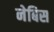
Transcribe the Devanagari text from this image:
नेबिस